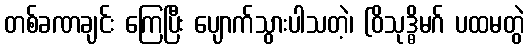
တစ်ခဏချင်း ကြေပြီး ပျောက်သွားပါသတဲ့၊ (ဝိသုဒ္ဓိမဂ် ပထမတွဲ